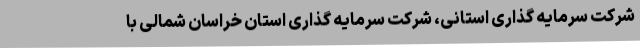
شرکت سرمایه گذاری استانی، شرکت سرمایه گذاری استان خراسان شمالی با